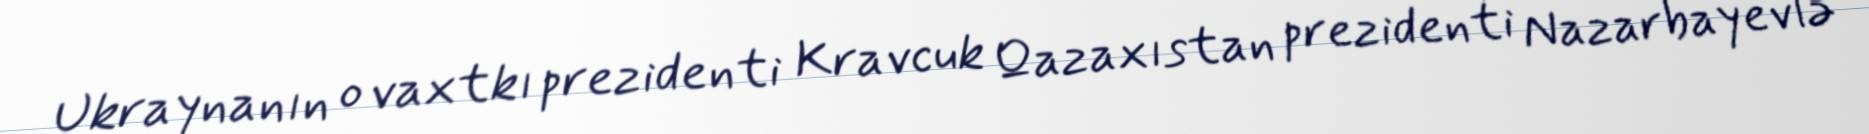
Ukraynanın o vaxtkı prezidenti Kravcuk Qazaxıstan prezidenti Nazarbayevlə